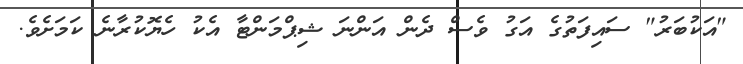
"އަކުބަރު" ސައިފަތުގެ އަގު ވެސް ދެން އަންނަ ޝިޕްމަންޓާ އެކު ހެޔޮކުރާނެ ކަމަށެވެ.